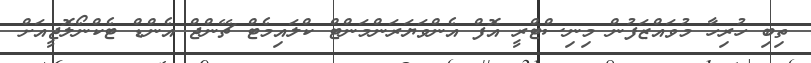
ތިބި ހުރިހާ މުވައްޒަފުން މިނިސްޓްރީ އޮފް އެންވަޔަރަންމަންޓް ކްލައިމެޓް ޗޭންޖް އެންޑް ޓެކްނޯލޮޖީއަށް